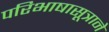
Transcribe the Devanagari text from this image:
परिभाषासूत्राने